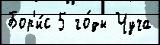
Бор'и́с 5 го́ды Чуча